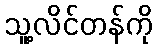
သူ့လိင်တန်ကို